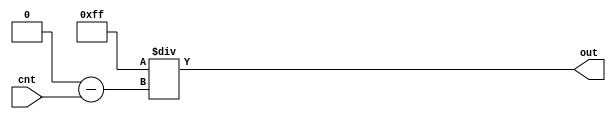
module GenReciprocalWave #(parameter [7:0] INITIAL = 8'd8,
                                           FULL = 8'd255)
                          (cnt, out);

    input [7:0] cnt;
    output [7:0] out;

    // 255 / (256 - x) 
    assign out = FULL / (FULL + 8'd1 - cnt);

endmodule